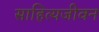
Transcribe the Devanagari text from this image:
साहित्यजीवन